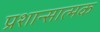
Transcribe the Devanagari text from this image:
प्रशान्सात्मक